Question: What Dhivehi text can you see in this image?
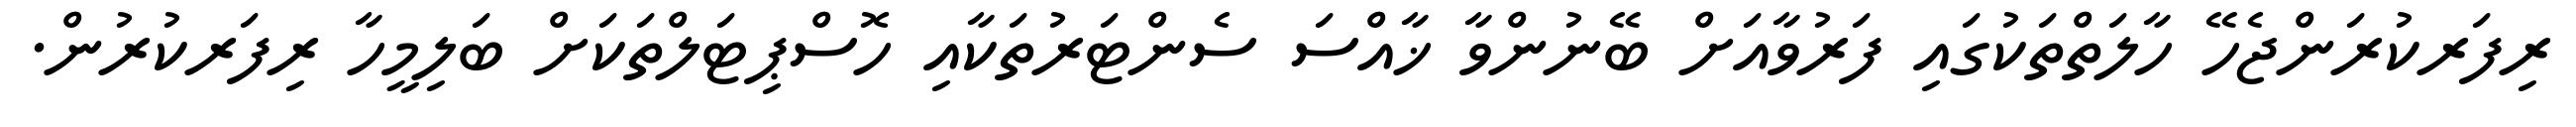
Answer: ރިފަރކުރަންޖެހޭ ހާލަތްތަކުގައި ފަރުވާއަށް ބޭނުންވާ ޚާއްސަ ސެންޓަރުތަކާއި ހޮސްޕިޓަލްތަކަށް ބަލިމީހާ ރިފަރކުރުން.